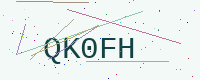
Text: QK0FH